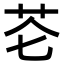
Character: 芲